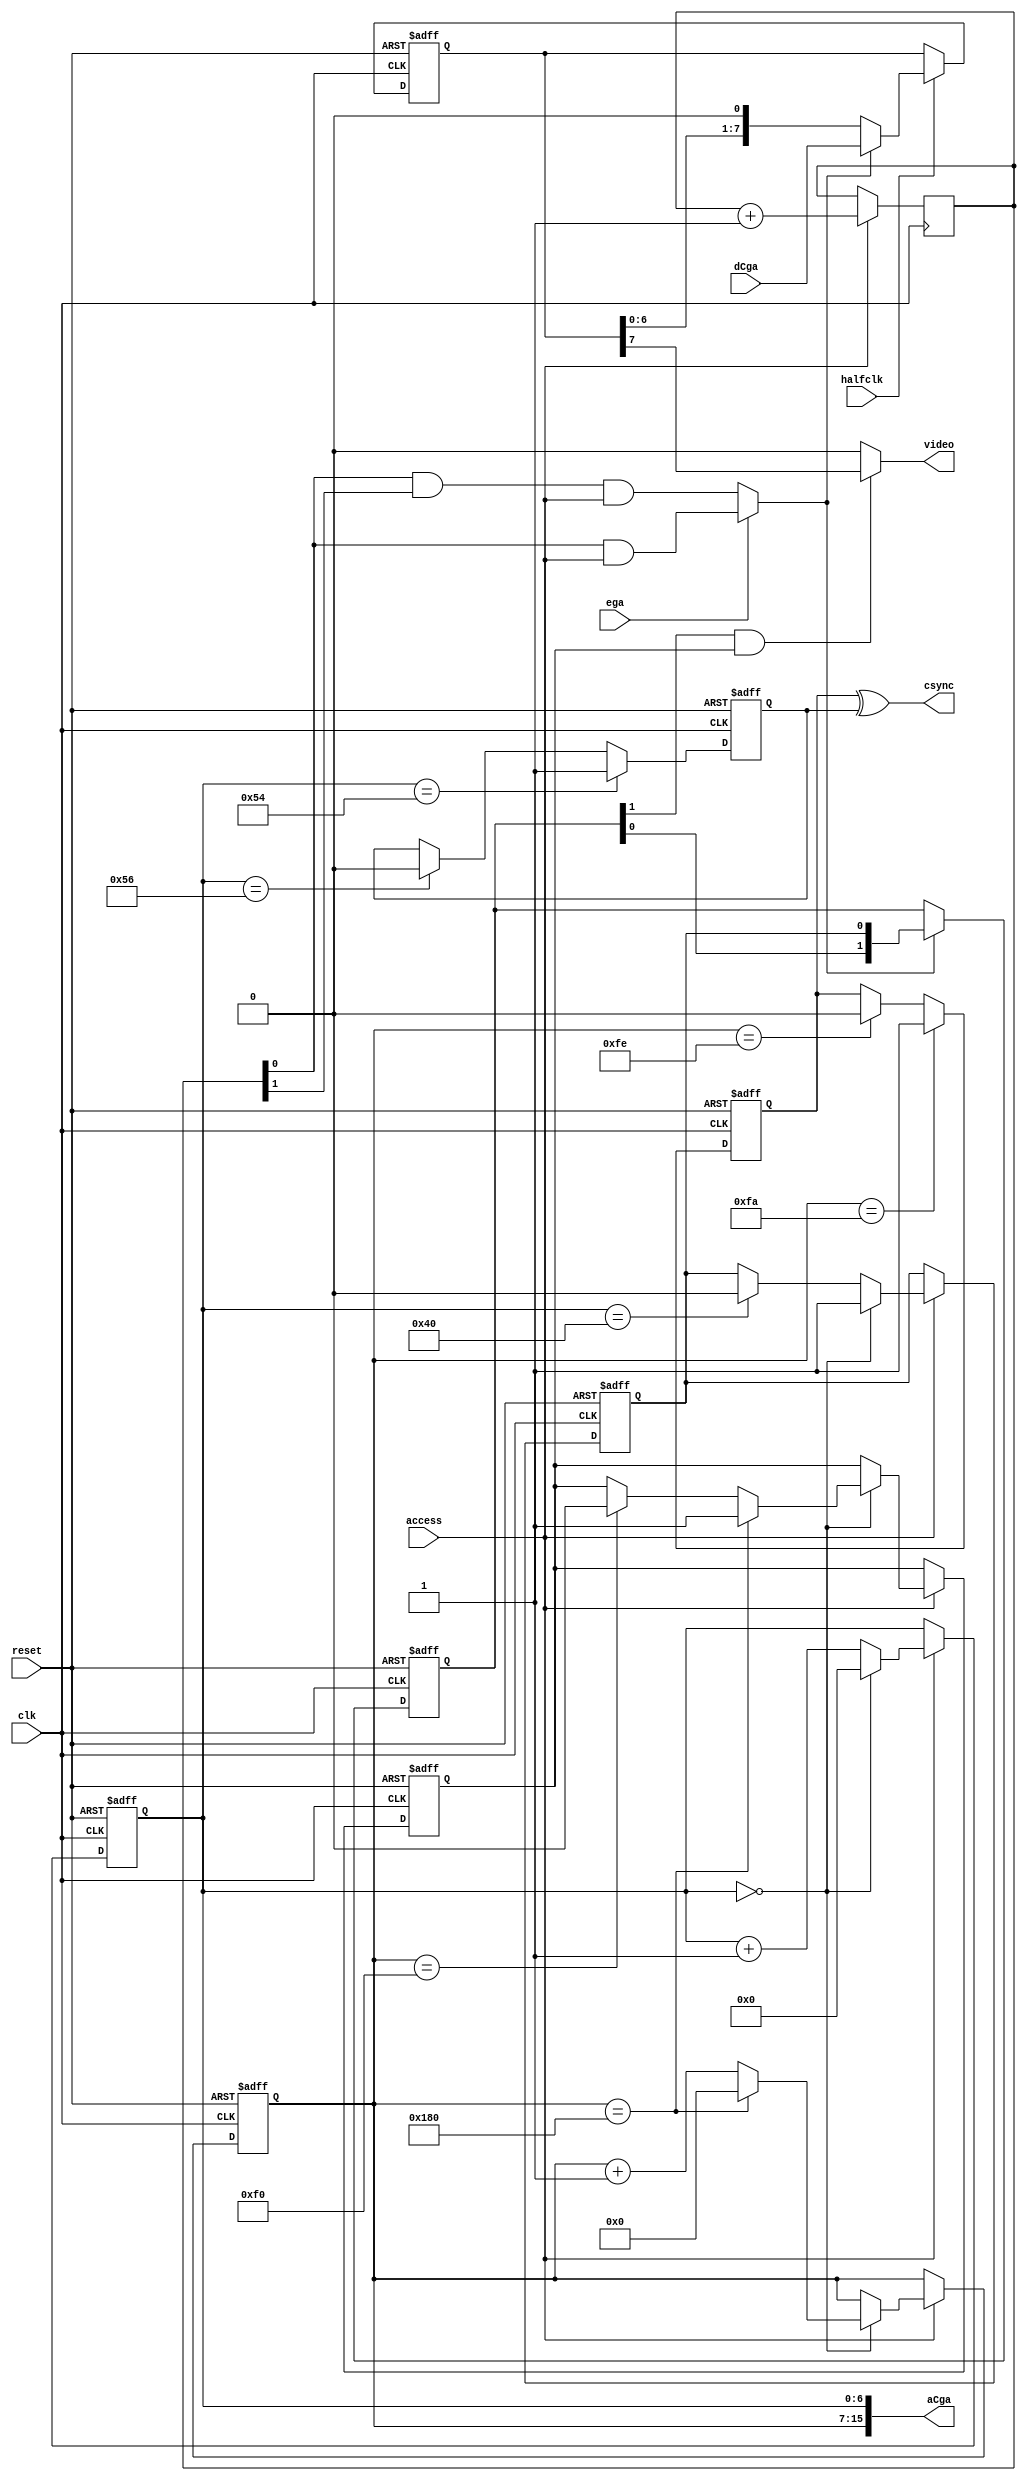
//--------------------------------------------------------------
//
// cgaega
//
//--------------------------------------------------------------

module cgaega(clk, reset, access, halfclk, ega, dCga, aCga, csync, video);

    input   clk;                        // 25 mhz clock signal
    input   access;                     // access signal. Every memory cycle
    input   reset;                      // reset signal

    input   ega; 	                    // EGA/CGA modes
    input   halfclk;                    // clk/2
    output  [15:0] aCga;                // memory adres
	output  csync;                      // composite sync output signal
    output  video;                      // output video signal
    input   [7:0] dCga;                 // video data bus

    reg     [6:0] hcnt;                 // Horizontal counter
    reg     [8:0] vcnt;                 // Veritcal counter

    reg     hsync;
    reg     vsync;
    reg     hframe;
    reg     vframe;
    wire    black;    

    reg     [6:0] end_of_line;
    reg     [8:0] end_of_frame;
    reg     [6:0] hsync_begin;
    reg     [6:0] hsync_end;
    reg     [8:0] vsync_begin;
    reg     [8:0] vsync_end;
    reg     [6:0] hframe_end;
    reg     [8:0] vframe_end;
    
    parameter
        CGA_END_OF_LINE     = 384,
        CGA_END_OF_FRAME    = 312,
        CGA_HSYNC_BEGIN     = 340,
        CGA_HSYNC_END       = 342,
        CGA_VSYNC_BEGIN     = 250,
        CGA_VSYNC_END       = 254,
        CGA_VFRAME_END      = 240,
        CGA_HFRAME_END      = 320;

    parameter
        EGA_END_OF_LINE     = 384,
        EGA_END_OF_FRAME    = 312,
        EGA_HSYNC_BEGIN     = 340,
        EGA_HSYNC_END       = 342,
        EGA_VSYNC_BEGIN     = 250,
        EGA_VSYNC_END       = 254,
        EGA_VFRAME_END      = 240,
        EGA_HFRAME_END      = 320;

//------------------------------------------------------------------------------
//
//  Change mode EGA - CGA
//
//------------------------------------------------------------------------------

always  @   (ega)
begin
        end_of_line  = ega ? EGA_END_OF_LINE : CGA_END_OF_LINE;
        end_of_frame = ega ? EGA_END_OF_LINE : CGA_END_OF_LINE;
        hsync_begin  = ega ? EGA_HSYNC_BEGIN : CGA_HSYNC_BEGIN;
        hsync_end    = ega ? EGA_HSYNC_END   : CGA_HSYNC_END;
        vsync_begin  = ega ? EGA_VSYNC_BEGIN : CGA_VSYNC_BEGIN;
        vsync_end    = ega ? EGA_VSYNC_END   : CGA_VSYNC_END;
        vframe_end   = ega ? EGA_VFRAME_END  : CGA_VFRAME_END;
        hframe_end   = ega ? EGA_HFRAME_END  : CGA_HFRAME_END;
end

//------------------------------------------------------------------------------
//
//  Byte rate counter
//
//  Sent sygnall Rate every byte latch time.
//
//------------------------------------------------------------------------------

reg [1:0] bRate;
wire byteRate;
wire bitRate;

always  @   (posedge clk)
begin
    if (access)
        bRate <= bRate + 1;
end

assign  byteRate = ega ? (bRate[0] & access) : (bRate[0] & bRate[1] & access);
assign  bitRate  = ega ? 1 : halfclk;

//------------------------------------------------------------------------------
//
//  Ega or Cga  counter
//
//------------------------------------------------------------------------------

wire	w_end_of_line;
wire	w_end_of_frame;
wire	w_hframe_end;
wire	w_vframe_end;

assign w_end_of_line  = (hcnt == end_of_line);
assign w_end_of_frame = (vcnt == end_of_frame);
assign w_hframe_end   = (hcnt == hframe_end);
assign w_vframe_end   = (vcnt == vframe_end);

always  @   (posedge clk or posedge reset)
begin
    if (reset)
        hframe <= 0;
	else if (access)
        if (w_end_of_line)
			hframe <= 1;
		else if (w_hframe_end)
			hframe <= 0;
end

always  @   (posedge clk or posedge reset)
begin
    if (reset)
        hcnt <= 0;
    else if (access)
        if (w_end_of_line)
            hcnt <= 0;
        else
            hcnt <= hcnt + 1;
end

always  @   (posedge clk or posedge reset)
begin
    if (reset)
        vcnt <= 0;
    else if (access)
        if (w_end_of_line)
            if (w_end_of_frame)
                vcnt <= 0;
            else 
                vcnt <= vcnt + 1;
end

always  @   (posedge clk or posedge reset)
begin
    if (reset)
        vframe <= 0;
    else if (access)
        if (w_end_of_line)
            if (w_end_of_frame)
                vframe  <= 1;
            else 
                if (w_vframe_end)
                    vframe <= 0;
end

assign aCga = {vcnt, hcnt};

//------------------------------------------------------------------------------
//
//  Sync generator
//
//------------------------------------------------------------------------------

always  @   (posedge clk or posedge reset)
begin
    if (reset)
        hsync <= 1'b0;
    else if (hcnt == hsync_begin)
        hsync <= 1'b1;
    else if (hcnt == hsync_end)
        hsync <= 1'b0;
end

always  @   (posedge clk or posedge reset)
begin
    if (reset)
        vsync <= 1'b0;   
    else if (vcnt == vsync_begin)
            vsync <= 1'b1;
    else if (vcnt == vsync_end)
            vsync <= 1'b0;
end

assign csync = vsync ^ hsync;

//------------------------------------------------------------------------------
//
//  Video shifter
//
//------------------------------------------------------------------------------

reg [7:0] shifter;

always  @   (posedge clk or posedge reset)
begin
    if (reset)
        shifter <= 0;
    else if (halfclk)
        if (byteRate)
            shifter <= dCga;
        else 
            shifter <= {shifter[6:0], 1'b0};       
end

assign video = black ? 0 : shifter[7];

//------------------------------------------------------------------------------
//
//  Blak register
//
//------------------------------------------------------------------------------

reg [1:0] frame;

always  @   (posedge clk or posedge reset)
begin
    if (reset)
        frame <= 0;
    else if (byteRate)
        frame <= {frame[0], hframe};       
end

assign black = ~(frame[1] & vframe);

endmodule